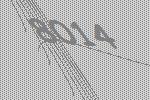
8014